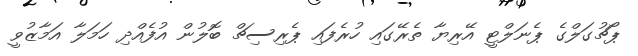
ޕޯޗުގަލްގެ ޕެނަލްޓީ އޭރިޔާ ތެރޭގައި ހުރެފައި ޕެރިސިޗް ބޮލުން އުފެއްދި ހަމަލާ އަމާޒުވީ